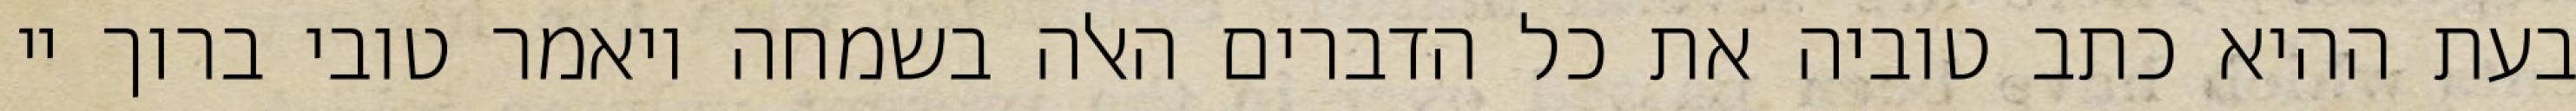
בעת ההיא כתב טוביה את כל הדברים האלה בשמחה ויאמר טובי ברוך יי